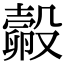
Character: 㲉